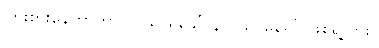
ကြိုးစားနေတာဟာ လူသာဓုခေါ် နတ်သာဓုခေါ် ဖြစ်ရဲ့လား။